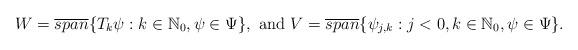
LaTeX: \begin{align*} W=\overline{span}\{T_{k}\psi: k\in \mathbb N_{0}, \psi\in \Psi\}, \ \mbox{and} \ V=\overline{span}\{\psi_{j,k}: j<0, k\in \mathbb N_{0}, \psi\in \Psi\}. \end{align*}